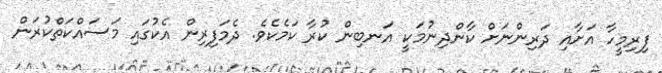
ފިރިމީހާ އަށާއި ދަރިންނަށް ކާންދިނުމަކީ އަނބިން ކުރާ ކަމެކެވެ. ދެމަފިރިން އެކުގައި މަސައްކަތްކުރަން